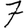
Digit: 7